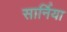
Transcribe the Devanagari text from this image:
सार्निया